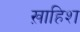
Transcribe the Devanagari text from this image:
ख़ाहिश